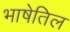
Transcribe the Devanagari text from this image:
भाषेतिल